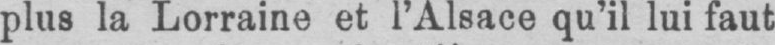
plus la Lorraine et l’Alsace qu’il lui faut